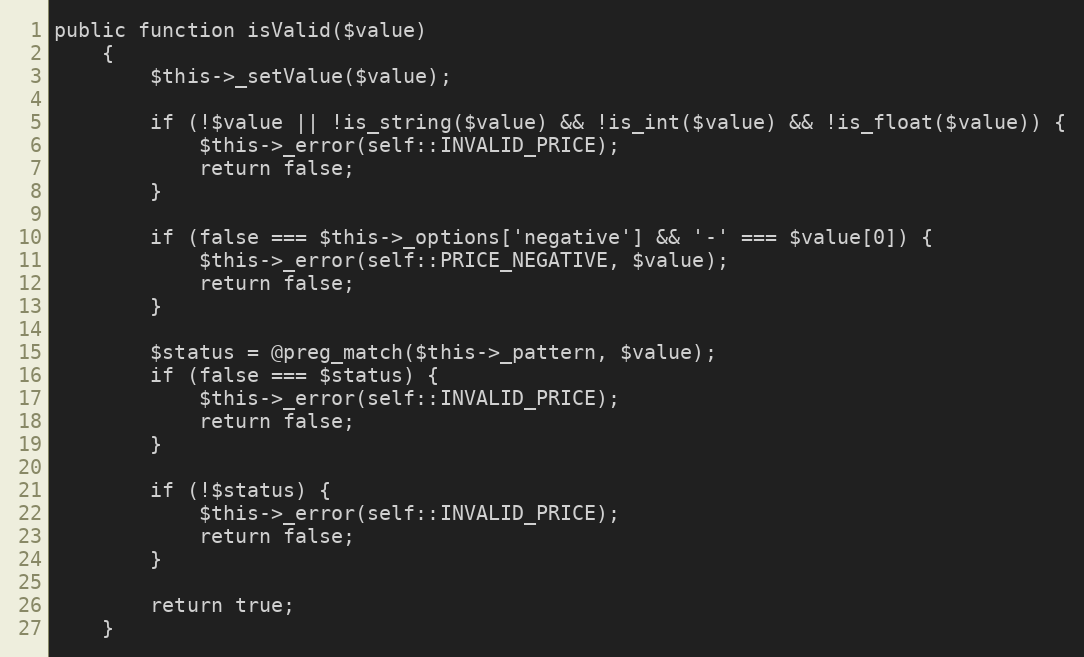
Language: PHP
public function isValid($value)
    {
        $this->_setValue($value);

        if (!$value || !is_string($value) && !is_int($value) && !is_float($value)) {
            $this->_error(self::INVALID_PRICE);
            return false;
        }

        if (false === $this->_options['negative'] && '-' === $value[0]) {
            $this->_error(self::PRICE_NEGATIVE, $value);
            return false;
        }

        $status = @preg_match($this->_pattern, $value);
        if (false === $status) {
            $this->_error(self::INVALID_PRICE);
            return false;
        }

        if (!$status) {
            $this->_error(self::INVALID_PRICE);
            return false;
        }

        return true;
    }